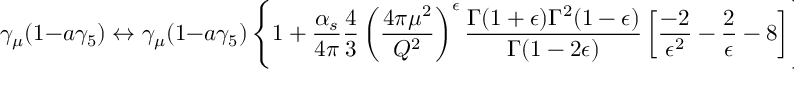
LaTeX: \gamma _ { \mu } ( 1 - a \gamma _ { 5 } ) \leftrightarrow \gamma _ { \mu } ( 1 - a \gamma _ { 5 } ) \left\{ 1 + \frac { \alpha _ { s } } { 4 \pi } \frac { 4 } { 3 } \left( \frac { 4 \pi \mu ^ { 2 } } { Q ^ { 2 } } \right) ^ { \epsilon } \frac { \Gamma ( 1 + \epsilon ) \Gamma ^ { 2 } ( 1 - \epsilon ) } { \Gamma ( 1 - 2 \epsilon ) } \left[ \frac { - 2 } { \epsilon ^ { 2 } } - \frac { 2 } { \epsilon } - 8 \right] \right\}